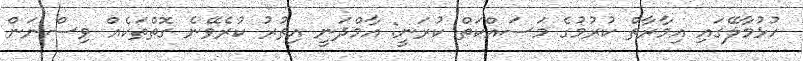
ހުޅުމާލޭގައި އިމާރާތް ކުރުމުގެ މަސައްކަތް ކުރަނީ: އާމްދަނީ އިތުރު ކުރެވޭނެ ގޮތްތަކެއް ވިސްނަން